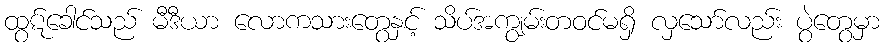
ထွဋ်ခေါင်သည် မီဒီယာ လောကသားတွေနှင့် သိပ်အကျွမ်းတဝင်မရှိ လှသော်လည်း ပွဲတွေမှာ